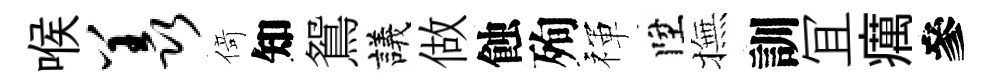
喉羡𠋣知鴛議做蝕殉禈陞撫訓冝癘參